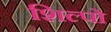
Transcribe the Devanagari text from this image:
शिल्पो